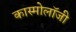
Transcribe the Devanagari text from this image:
कास्मोलॉजी